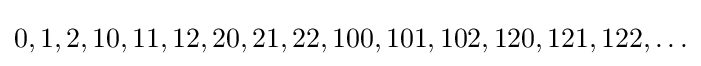
0,1,2,10,11,12,20,21,22,100,101,102,120,121,122,\ldots